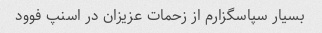
بسیار سپاسگزارم از زحمات عزیزان در اسنپ فوود